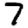
Digit: 7